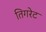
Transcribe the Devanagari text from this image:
तिगरेट